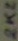
Text: 2K2